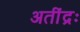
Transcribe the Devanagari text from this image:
अतींद्रः